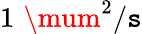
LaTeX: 1\, \, \mum^{2}/\mathtt{s}